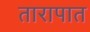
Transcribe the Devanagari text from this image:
तारापात